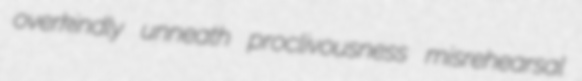
overkindly unneath proclivousness misrehearsal